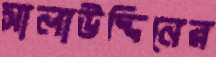
সালাউদ্দিনের